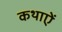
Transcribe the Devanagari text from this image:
कथाऐं